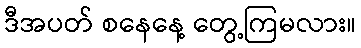
ဒီအပတ် စနေနေ့ တွေ့ကြမလား။